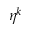
\eta ^ { k }